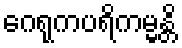
ဂေရုကပရိကမ္မန္တိ